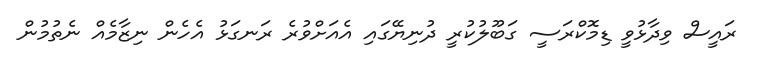
ރައީސް ވިދާޅުވީ ޑިމޮކްރަސީ ގަބޫލުކުރީ ދުނިޔޭގައި އެއަށްވުރެ ރަނގަޅު އެހެން ނިޒާމެއް ނެތުމުން